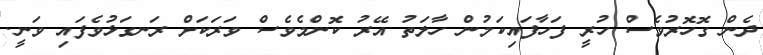
ދެން ގޮހޮރުވެސް ހުރީ ފަހާފައިކަމުން ހާލަތު އޭރު ކޮންމެވެސް ވަރަކަށް ރަނގަޅުވެފައި ވަނީ.